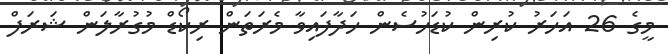
މީގެ 26 އަހަރު ކުރިން ކުޑަހުސެން ހަދާފައިވާ މެރަތަން ރިކޯޑް މުގުރާލަން ޝަރަފް